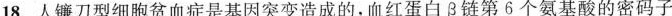
18.人镰刀型细胞贫血症是基因突变造成的，血红蛋白链第6个氨基酸的密码子